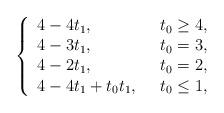
LaTeX: \begin{align*}\left\{ \begin{array}{ll}4-4t_1, & ~~ t_0\geq4,\\4-3t_1, & ~~ t_0=3,\\4-2t_1, & ~~ t_0=2,\\4-4t_1+t_0t_1, & ~~ t_0\leq1,\end{array}\right.\end{align*}